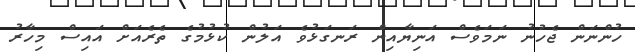
ހުންނަން ޖެހުނު ނަމަވެސް އަނިޔާއިން ރަނގަޅުވެ އަލުން ކުޅުމުގެ ތެރެއަށް އައިސް މިހާރު